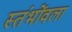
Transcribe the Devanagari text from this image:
स्तंभोंवला